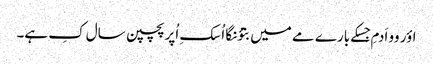
اؤر وو اَدمِ جِسکے بارے مے میں بتؤنگا اُسکِ اُپر پچپن سال کِ ہے۔